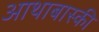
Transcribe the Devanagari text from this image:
आथाबास्की